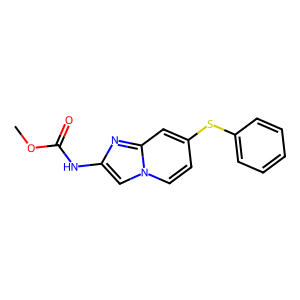
SMILES: COC(=O)Nc1cn2ccc(Sc3ccccc3)cc2n1
Inhibits HIV replication: No